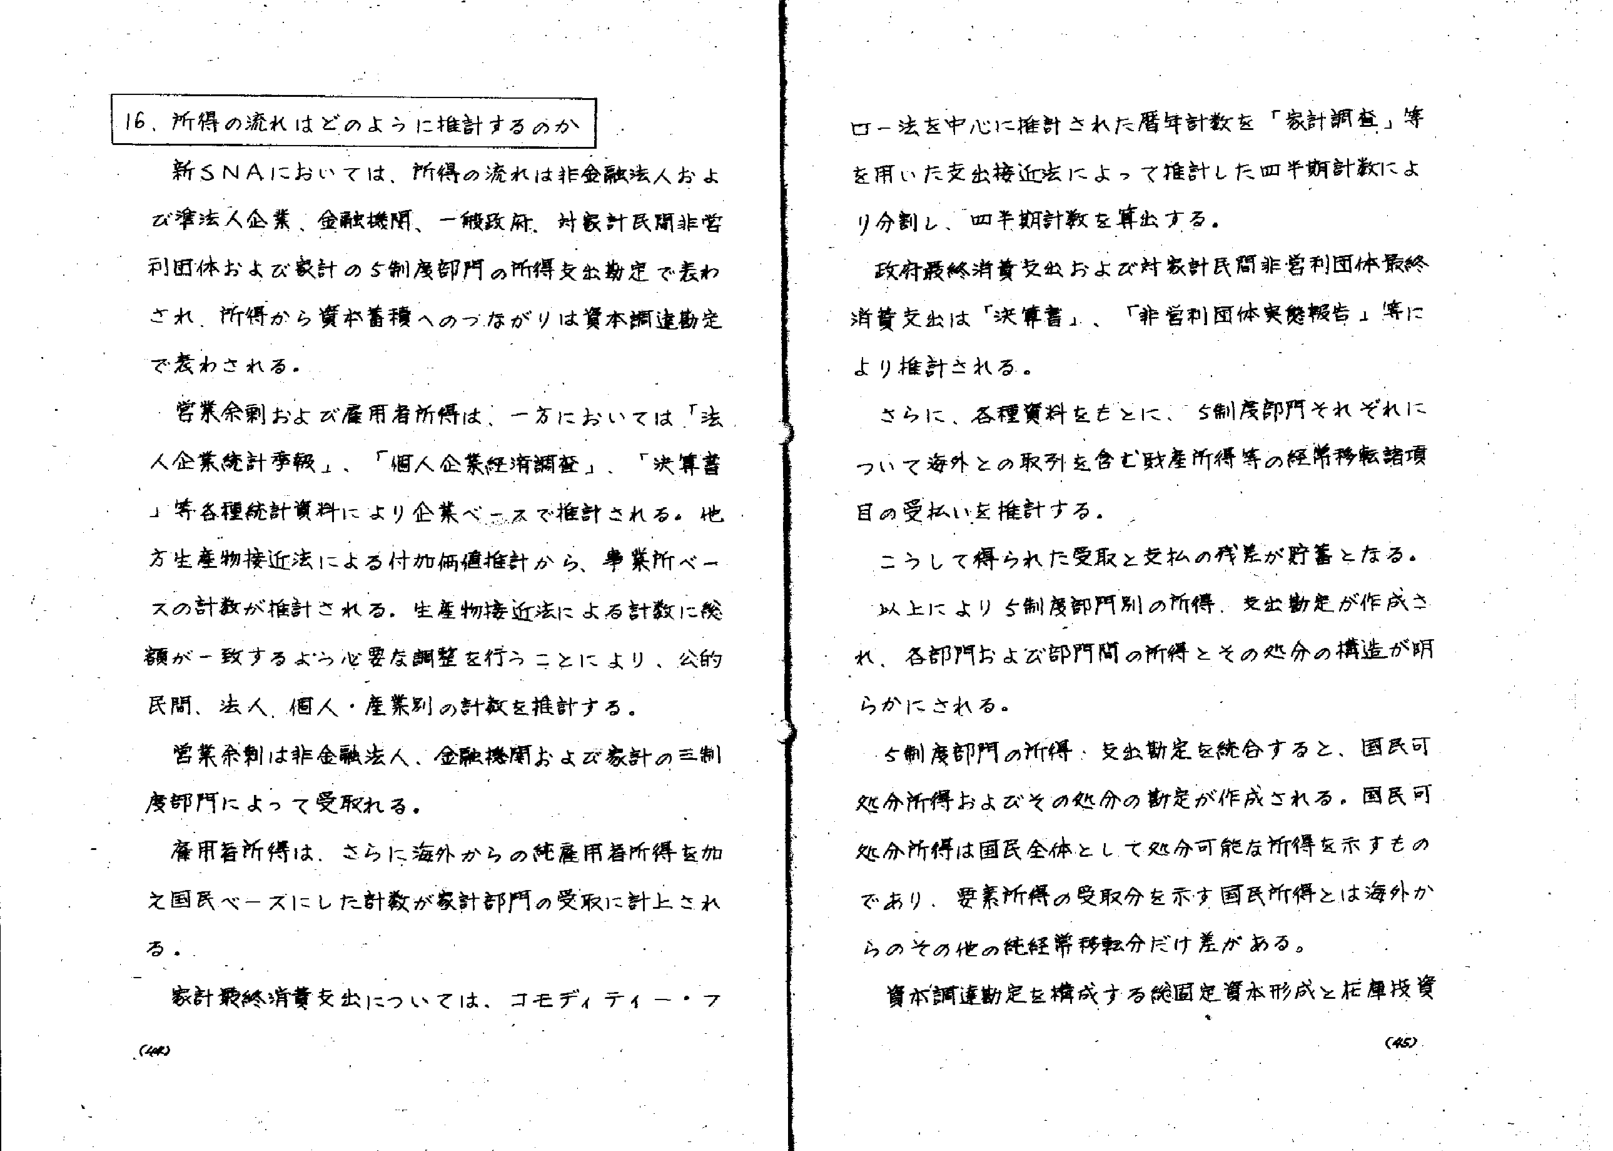
16. 所得の流れはどのように推計するのか

新SNAにおいては、所得の流れは非金融法人および準法人企業、金融機関、一般政府、対家計民間非営利団体および家計の5制度部門の所得支出勘定で表わされ、所得から資本蓄積へのつながりは資本調達勘定で表わされる。

営業余剰および雇用者所得は、一方においては「法人企業統計季報」、「個人企業経済調査」、「決算書」等各種統計資料により企業ベースで推計される。他方生産物接近法による付加価値推計から、事業所ベースの計数が推計される。生産物接近法による計数に総額が一致するよう必要な調整を行うことにより、公的民間、法人、個人・産業別の計数を推計する。

営業余剰は非金融法人、金融機関および家計の三制度部門によって受取れる。

雇用者所得は、さらに海外からの純雇用者所得を加え国民ベースにした計数が家計部門の受取に計上される。

家計最終消費支出については、コモディティー・フ

ローフ法を中心に推計された暦年計数を「家計調査」等を用いた支出接近法によって推計した四半期計数により分割し、四半期計数を算出する。

政府最終消費支出および対家計民間非営利団体最終消費支出は「決算書」、「非営利団体実態報告」等により推計される。

さらに、各種資料をもとに、5制度部門それぞれについて海外との取引を含む財産所得等の経常移転諸項目の受払いを推計する。

こうして得られた受取と支払の残差が貯蓄となる。

以上により5制度部門別の所得、支出勘定が作成され、各部門および部門間の所得とその処分の構造が明らかにされる。

5制度部門の所得・支出勘定を統合すると、国民可処分所得およびその処分の勘定が作成される。国民可処分所得は国民全体として処分可能な所得を示すものであり、要素所得の受取分を示す国民所得とは海外からのその他の純経常移転分だけ差がある。

資本調達勘定を構成する総固定資本形成と在庫投資

(44)
(45)